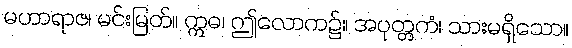
မဟာရာဇ၊ မင်းမြတ်။ ဣဓ၊ ဤလောက၌။ အပုတ္တကံ၊ သားမရှိသော။